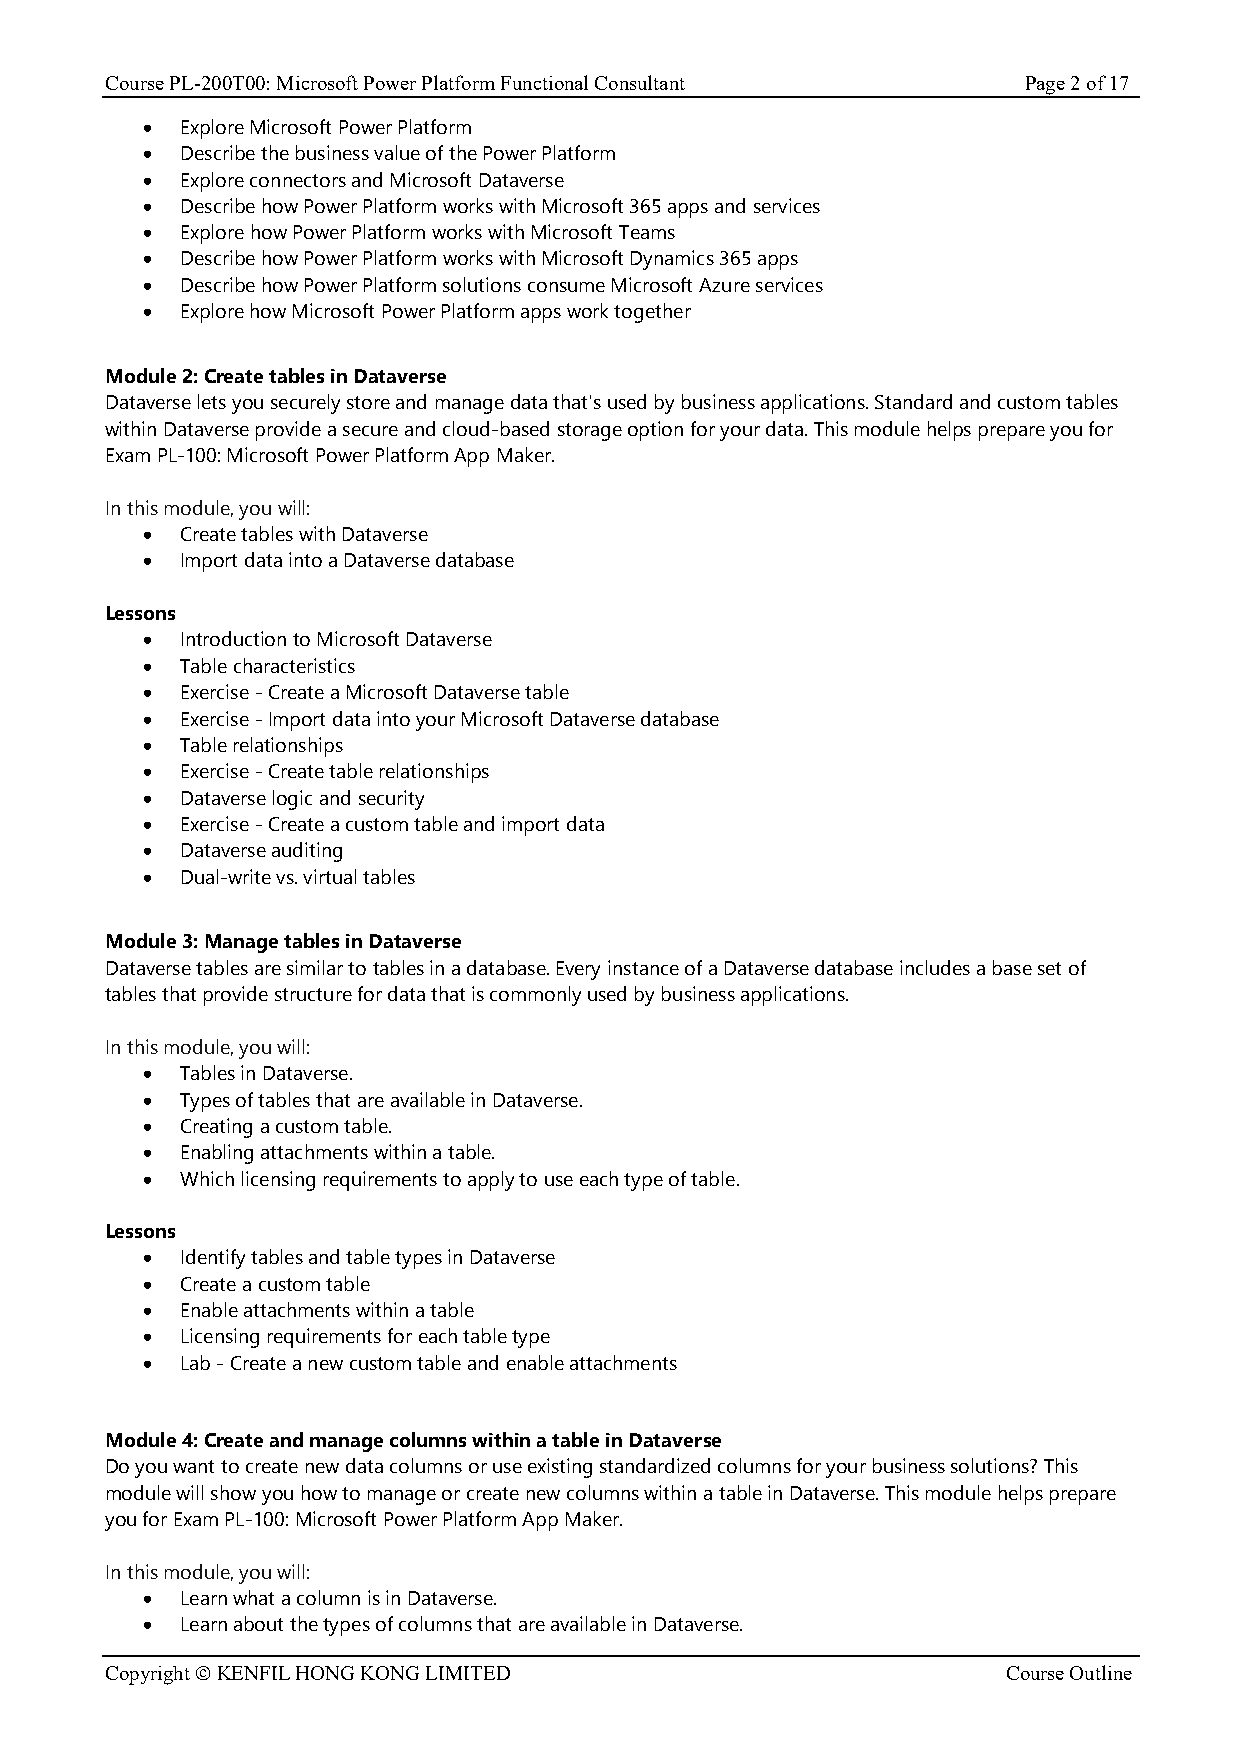
Course PL-200T00: Microsoft Power Platform Functional Consultant Page 2 of 17
 •  Explore Microsoft Power Platform
 •  Describe the business value of the Power Platform
 •  Explore connectors and Microsoft Dataverse
 •  Describe how Power Platform works with Microsoft 365 apps and services
 •  Explore how Power Platform works with Microsoft Teams
 •  Describe how Power Platform works with Microsoft Dynamics 365 apps
 •  Describe how Power Platform solutions consume Microsoft Azure services
 •  Explore how Microsoft Power Platform apps work together
 Module 2: Create tables in Dataverse
 Dataverse lets you securely store and manage data that's used by business applications. Standard and custom tables
 within Dataverse provide a secure and cloud-based storage option for your data. This module helps prepare you for
 Exam PL-100: Microsoft Power Platform App Maker.
 In this module, you will:
 •  Create tables with Dataverse
 •  Import data into a Dataverse database
 Lessons
 •  Introduction to Microsoft Dataverse
 •  Table characteristics
 •  Exercise - Create a Microsoft Dataverse table
 •  Exercise - Import data into your Microsoft Dataverse database
 •  Table relationships
 •  Exercise - Create table relationships
 •  Dataverse logic and security
 •  Exercise - Create a custom table and import data
 •  Dataverse auditing
 •  Dual-write vs. virtual tables
 Module 3: Manage tables in Dataverse
 Dataverse tables are similar to tables in a database. Every instance of a Dataverse database includes a base set of
 tables that provide structure for data that is commonly used by business applications.
 In this module, you will:
 •  Tables in Dataverse.
 •  Types of tables that are available in Dataverse.
 •  Creating a custom table.
 •  Enabling attachments within a table.
 •  Which licensing requirements to apply to use each type of table.
 Lessons
 •  Identify tables and table types in Dataverse
 •  Create a custom table
 •  Enable attachments within a table
 •  Licensing requirements for each table type
 •  Lab - Create a new custom table and enable attachments
 Module 4: Create and manage columns within a table in Dataverse
 Do you want to create new data columns or use existing standardized columns for your business solutions? This
 module will show you how to manage or create new columns within a table in Dataverse. This module helps prepare
 you for Exam PL-100: Microsoft Power Platform App Maker.
 In this module, you will:
 •  Learn what a column is in Dataverse.
 •  Learn about the types of columns that are available in Dataverse.
 Copyright © KENFIL HONG KONG LIMITED                        Course Outline